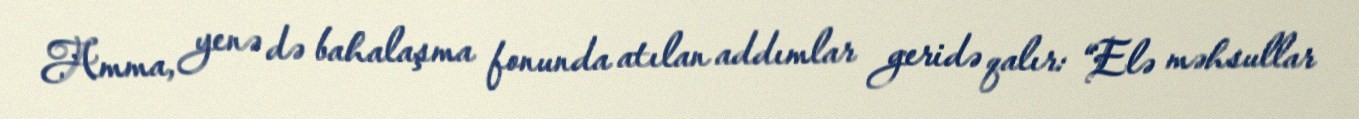
Amma, yenə də bahalaşma fonunda atılan addımlar geridə qalır: “Elə məhsullar